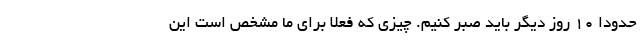
حدودا ۱۰ روز دیگر باید صبر کنیم. چیزی که فعلا برای ما مشخص است این